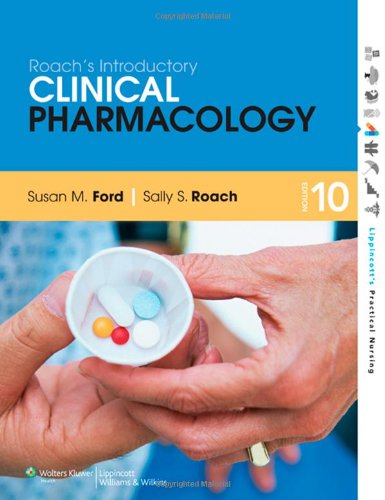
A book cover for Roach's Introductory Clinical Pharmacology; Susan M. Ford MN  RN  CNE; Medical Books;